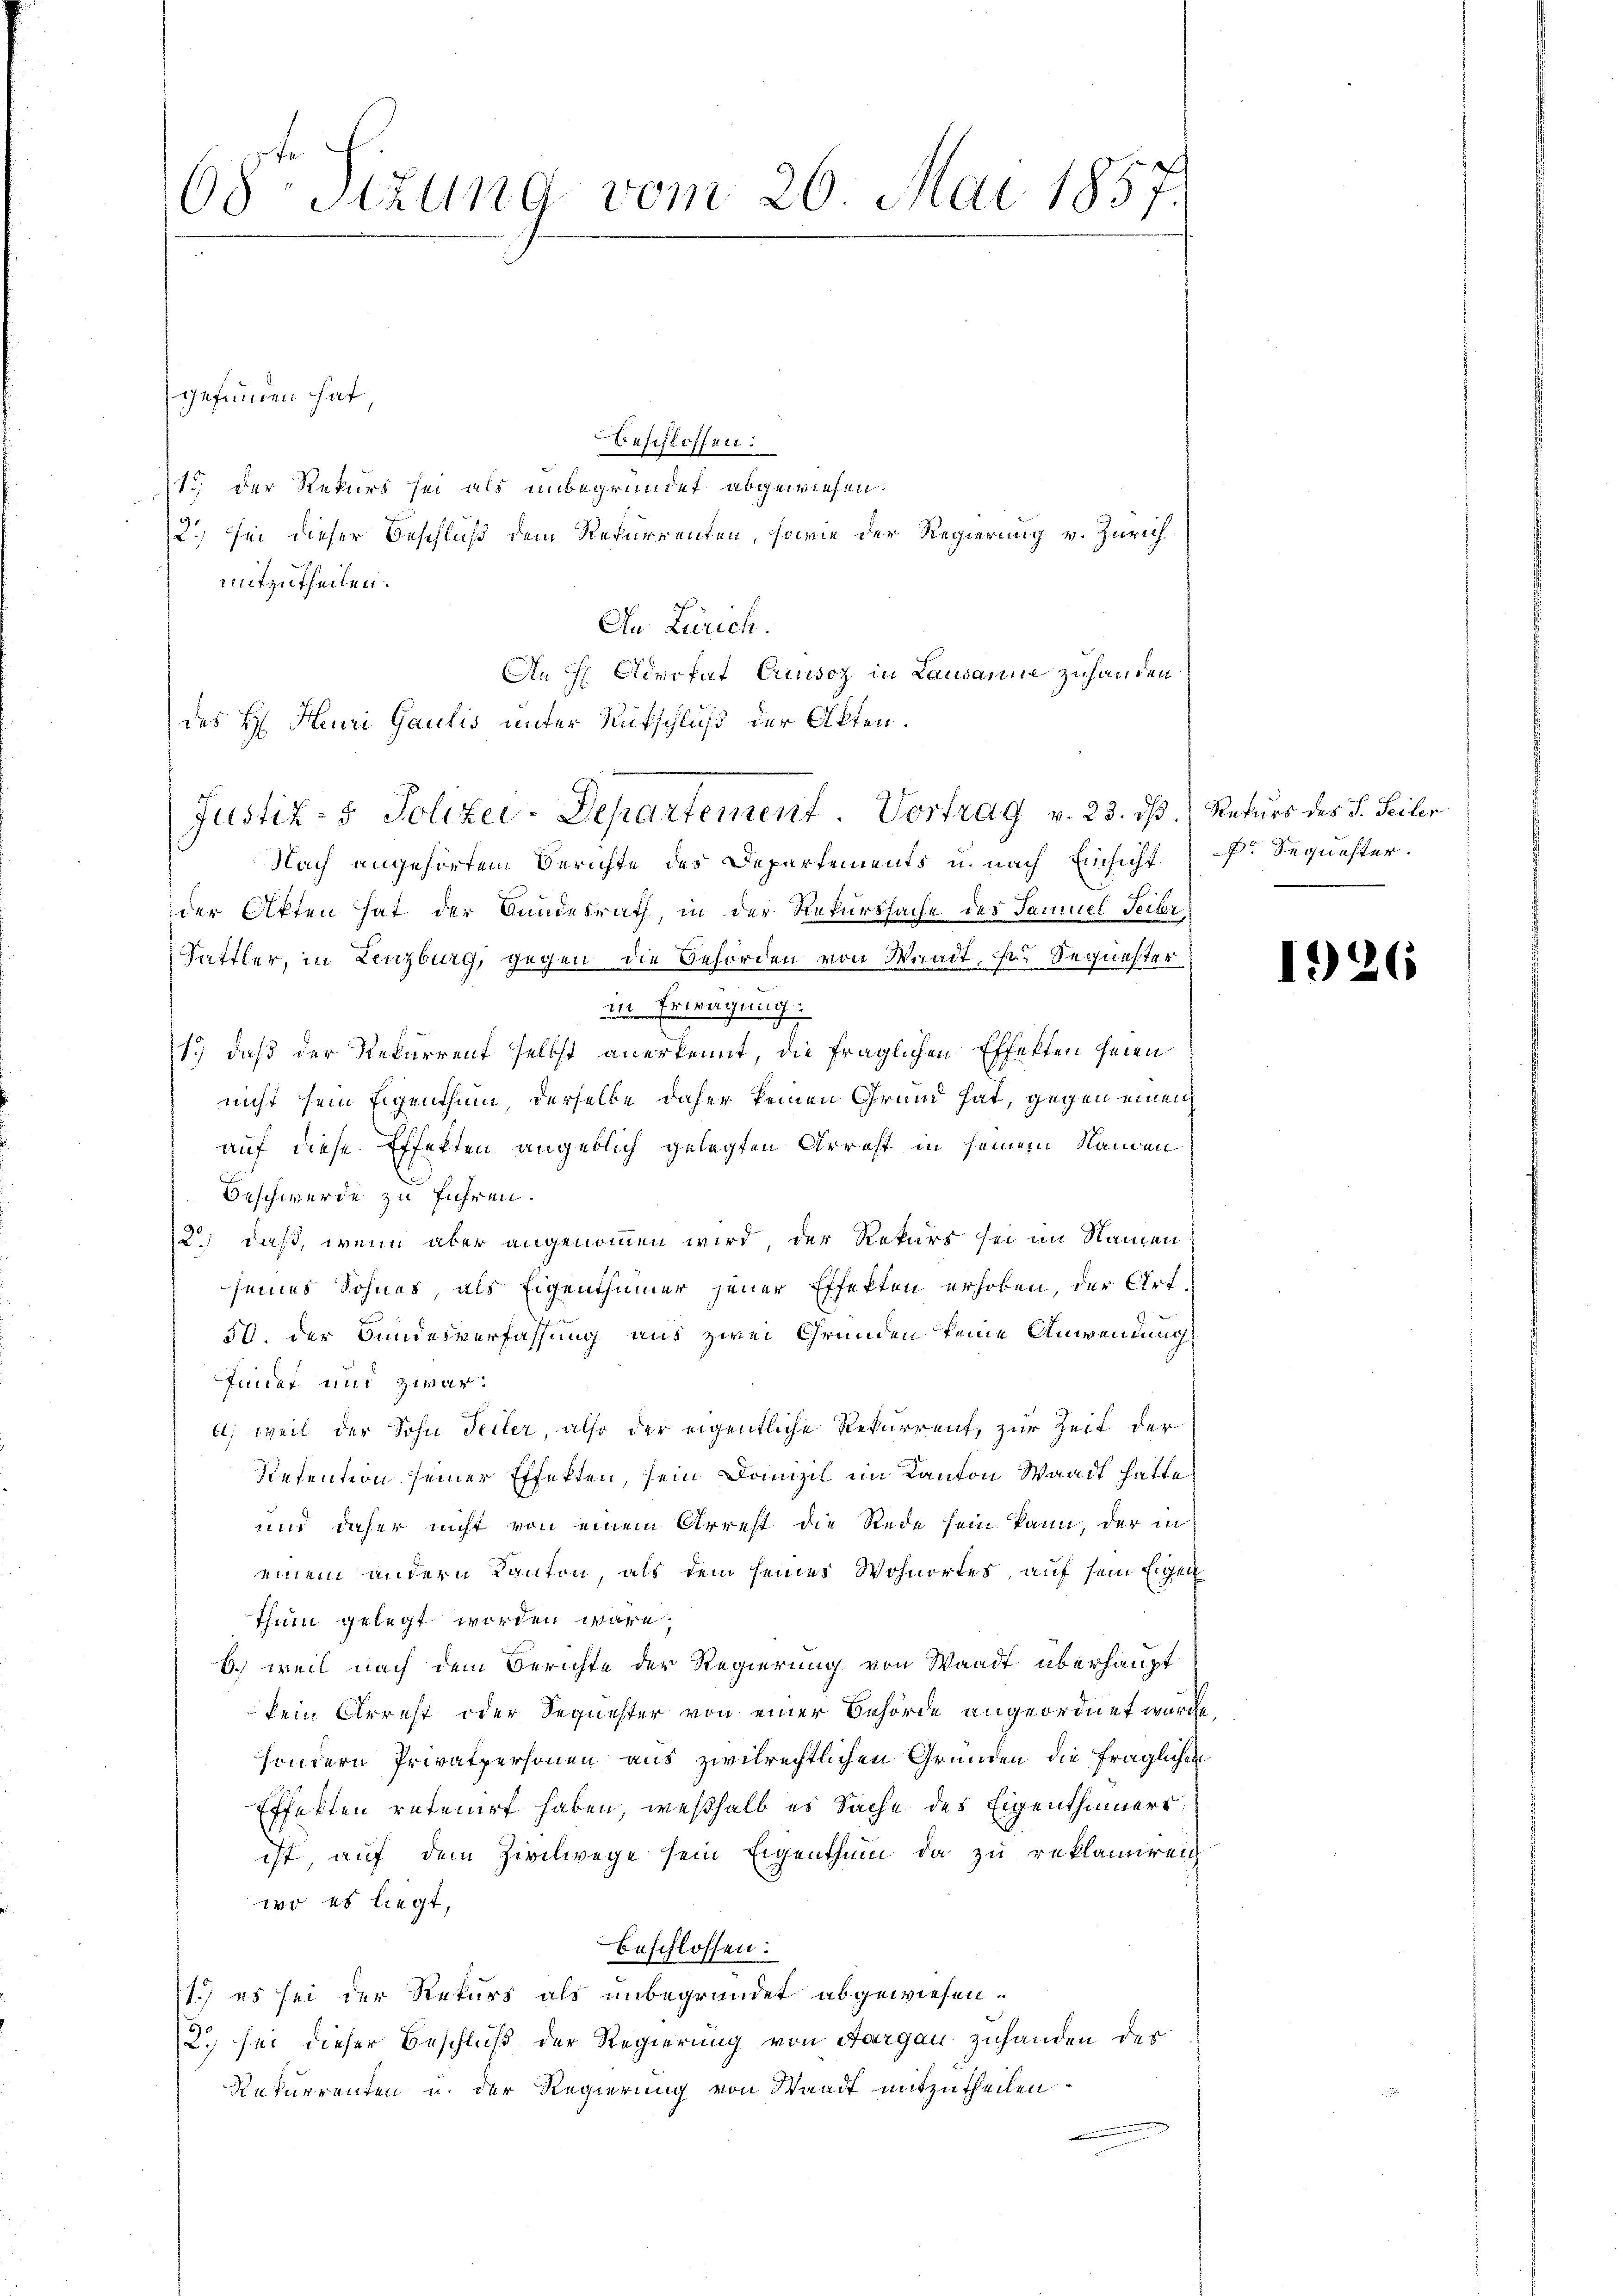
68 Stzung vom 26. Mai 1857.
gefunden hat.
beschlossen:

2.) Sei dieser Beschluß dem Rekurrenten, sowie der Regierung v. Zürich.
mitzutheilen.
An Zürich.
An H Advokat Cruusoz in Lausanne zuhanden
des H. Heuri Gaulis unter Rutschluß der Akten.
Nach angehörtem Berichte des Departements u. nach Einsicht
der Akten hat der Bundesrath in der Rekurssache des Samuel Seiter
Sattler, in Lenzburg, gegen die Behörden von Waadt, so Sequester
in Erwägung
1.) daß der Rekurrent selbst anerkennt, die fraglichen Effekten seien
nicht sein Eigenthum derselbe daher keinen Grund hat, gegen einen
auf diese Effetten angeblich gelegten Arrest in seinem Namen
Beschwerde zu führen.
2.) daß, wenn aber angenommen wird, der Rekurs sei im Namen
seines Sohnes, als Eigenthümer jener Effekten erhoben, der Art.
50. der Bundesverfassung aus zwei Gründen keine Anwendung
Inicat und zwar
6; weil der Sohn Teiler, also der eigentliche Rekurrent, zur Zeit der
Rietention seiner Effekten, sein Domizil im Kanton Waadt hatte
und daher nicht von einem Arrest die Rede sein kann, der in
einem andern Kanton als dem seines Wohnortes, auf sein Eigen
thum gelegt worden wäre,
6.) weil nach dem Berichte der Regierung von Waadt überhaupt
kein Arrest oder Sequester von einer Behörde angeordnet wurde
sondern Privatpersonen aus zivilrechtlichen Gründen die fraglichen
Effekten retenirt haben, weßhalb es Sache des Eigenthümers
ist, auf dem Zivilwege sein Eigenthum da zu reklamiren
wo es liegt,
beschlossen:
1.) es sei der Rekurs als unbegründet abgewiesen.
2.) sei dieser Beschluß der Regierung von Aargau zuhanden des
Rekurrenten u. der Regierung von Waadt mitzutheilen.

15. der Rekurs sei als unbegründet abgewiesen.

Justiz- & Polizei-Departement. Vortrag v. 23. dβ.

Rekurs des J. Seiler
 Sequester.

1926